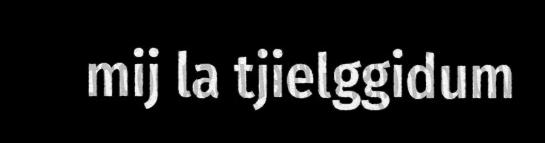
mij la tjielggidum